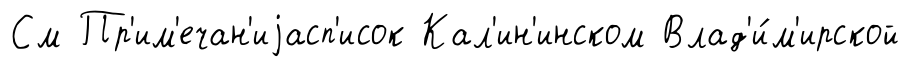
См Пр'им'ечан'иjасп'исок Кал'ин'инском Влад'и́м'ирской